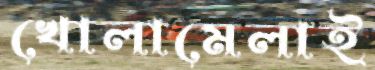
খোলামেলাই